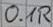
Text: 0.1R